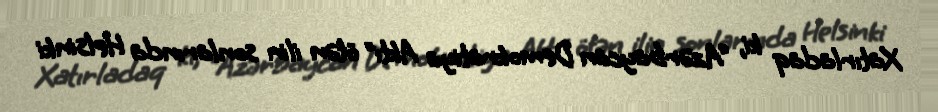
Xatırladaq ki, “Azərbaycan Demokratiya Aktı” ötən ilin sonlarında Helsinki